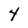
Character: 4